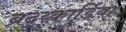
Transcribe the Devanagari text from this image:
ब्रद्य्कार्डिया